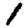
Digit: 1